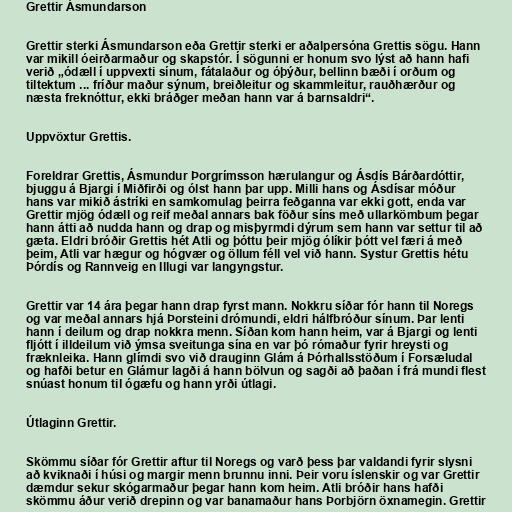
Grettir Ásmundarson

Grettir sterki Ásmundarson eða Grettir sterki er aðalpersóna Grettis sögu. Hann
var mikill óeirðarmaður og skapstór. Í sögunni er honum svo lýst að hann hafi
verið „ódæll í uppvexti sínum, fátalaður og óþýður, bellinn bæði í orðum og
tiltektum ... fríður maður sýnum, breiðleitur og skammleitur, rauðhærður og
næsta freknóttur, ekki bráðger meðan hann var á barnsaldri“.

Uppvöxtur Grettis.

Foreldrar Grettis, Ásmundur Þorgrímsson hærulangur og Ásdís Bárðardóttir,
bjuggu á Bjargi í Miðfirði og ólst hann þar upp. Milli hans og Ásdísar móður
hans var mikið ástríki en samkomulag þeirra feðganna var ekki gott, enda var
Grettir mjög ódæll og reif meðal annars bak föður síns með ullarkömbum þegar
hann átti að nudda hann og drap og misþyrmdi dýrum sem hann var settur til að
gæta. Eldri bróðir Grettis hét Atli og þóttu þeir mjög ólíkir þótt vel færi á með
þeim, Atli var hægur og hógvær og öllum féll vel við hann. Systur Grettis hétu
Þórdís og Rannveig en Illugi var langyngstur.

Grettir var 14 ára þegar hann drap fyrst mann. Nokkru síðar fór hann til Noregs
og var meðal annars hjá Þorsteini drómundi, eldri hálfbróður sínum. Þar lenti
hann í deilum og drap nokkra menn. Síðan kom hann heim, var á Bjargi og lenti
fljótt í illdeilum við ýmsa sveitunga sína en var þó rómaður fyrir hreysti og
fræknleika. Hann glímdi svo við drauginn Glám á Þórhallsstöðum í Forsæludal
og hafði betur en Glámur lagði á hann bölvun og sagði að þaðan í frá mundi flest
snúast honum til ógæfu og hann yrði útlagi.

Útlaginn Grettir.

Skömmu síðar fór Grettir aftur til Noregs og varð þess þar valdandi fyrir slysni
að kviknaði í húsi og margir menn brunnu inni. Þeir voru íslenskir og var Grettir
dæmdur sekur skógarmaður þegar hann kom heim. Atli bróðir hans hafði
skömmu áður verið drepinn og var banamaður hans Þorbjörn öxnamegin. Grettir